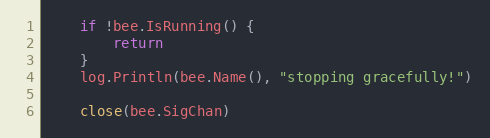
Language: Go
	if !bee.IsRunning() {
		return
	}
	log.Println(bee.Name(), "stopping gracefully!")

	close(bee.SigChan)